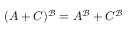
( A + C ) ^ { \mathcal { B } } = A ^ { \mathcal { B } } + C ^ { \mathcal { B } }